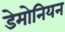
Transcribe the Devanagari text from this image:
डेमोनियन